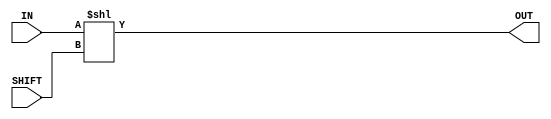
module f5_test_6(input [7:0] IN, input [3:0] SHIFT, output [7:0] OUT);
assign OUT = IN << SHIFT;
endmodule